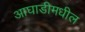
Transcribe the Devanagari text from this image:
आघाडीमधील